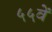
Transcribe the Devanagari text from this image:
५५वें